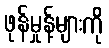
ဖုန်မှုန့်များကို